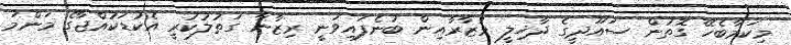
މިކަމާބެހޭ ގޮތުން ސައޫދީގެ ދާޚިލީ ވުޒާރާއިން ބުނެފައިވަނީ ރިޒާނާ ގަތުލުކުރީ އެކުޑަކުއްޖާގެ މަންމަ